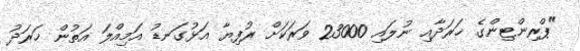
"ޕްރިންޓިންގެ ޚަރަދާއި ނުލައި 23000 ވަރަކަށް ރުފިޔާ އަޅުގަނޑު އަމިއްލަ އަތުން ޚަރަދު